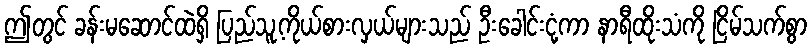
ဤတွင် ခန်းမဆောင်ထဲရှိ ပြည်သူ့ကိုယ်စားလှယ်များသည် ဦးခေါင်းငုံ့ကာ နာရီထိုးသံကို ငြိမ်သက်စွာ